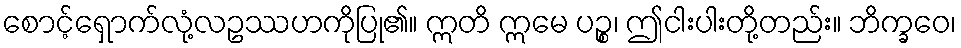
စောင့်ရှောက်လုံ့လဥဿဟကိုပြု၏။ ဣတိ ဣမေ ပဉ္စ၊ ဤငါးပါးတို့တည်း။ ဘိက္ခဝေ၊